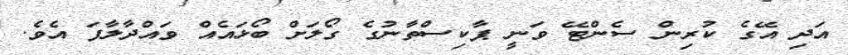
އަދި އޭގެ ކުރިން ސެންޓޭ ވަނީ ޕާކިސްތާނުގެ ގޯލަށް ބޯޅައެއް ވައްދާލާފަ އެވެ.